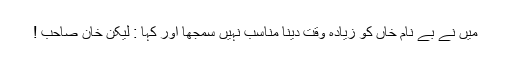
میں نے بے نام خاں کو زیادہ وقت دینا مناسب نہیں سمجھا اور کہا : لیکن خان صاحب !